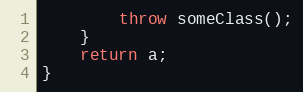
Language: C++
        throw someClass();
    }
    return a;
}